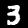
Label: 3